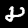
Label: 8